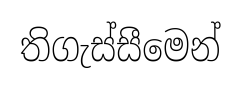
තිගැස්සීමෙන්